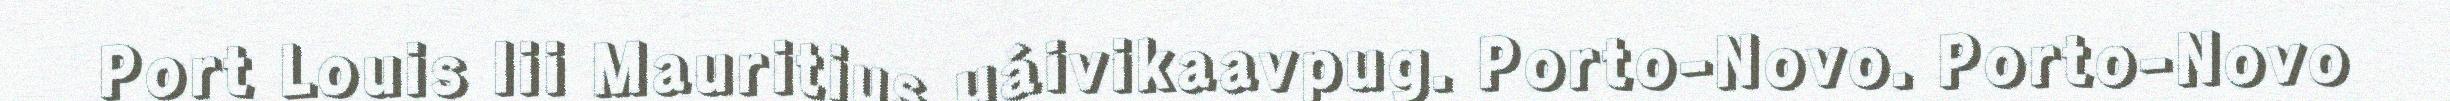
Port Louis lii Mauritius uáivikaavpug. Porto-Novo. Porto-Novo